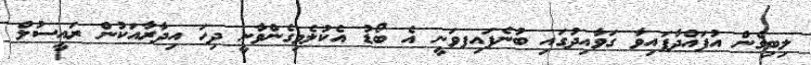
ލިބިގެން އުފައްދާފައިވާ ގަވާއިދުގައި ބުނެފައިފވަނީ އެ ބޯޑު އެކުލެވިގެންވާނީ ދިހަ އިދާރާއަކުން ރައީސުލް